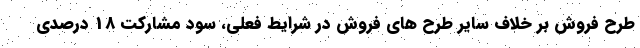
طرح فروش بر خلاف سایر طرح های فروش در شرایط فعلی، سود مشارکت 18 درصدی